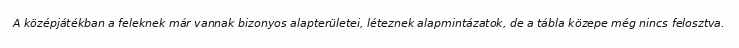
A középjátékban a feleknek már vannak bizonyos alapterületei, léteznek alapmintázatok, de a tábla közepe még nincs felosztva.